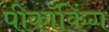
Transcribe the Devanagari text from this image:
पीकॉकिंग